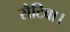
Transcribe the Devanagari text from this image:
सैटिवा।